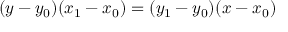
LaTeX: ( y - y _ { 0 } ) ( x _ { 1 } - x _ { 0 } ) = ( y _ { 1 } - y _ { 0 } ) ( x - x _ { 0 } )